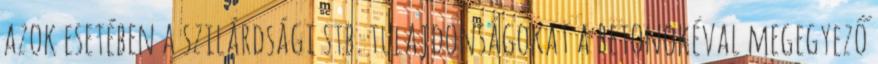
azok esetében a szilárdsági stb. tulajdonságokat a betonokéval megegyező